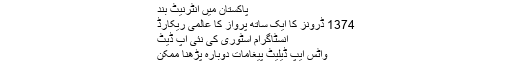
پاکستان میں انٹرنیٹ بند
1374 ڈرونز کا ایک ساتھ پرواز کا عالمی ریکارڈ
انسٹاگرام اسٹوری کی نئی اپ ڈیٹ
واٹس ایپ ڈیلیٹ پیغامات دوبارہ پڑھنا ممکن